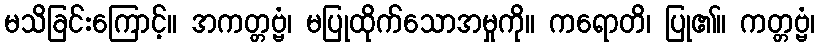
မသိခြင်းကြောင့်။ အကတ္တဗ္ဗံ၊ မပြုထိုက်သောအမှုကို။ ကရောတိ၊ ပြု၏။ ကတ္တဗ္ဗံ၊